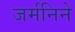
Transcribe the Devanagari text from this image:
जर्मनिने